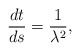
\begin{align*}\frac{dt}{ds}=\frac{1}{\lambda^{2}},\end{align*}